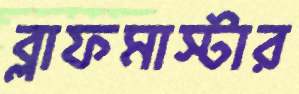
ব্লাফমাস্টার